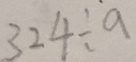
3 2 4 \div a